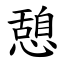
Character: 憩